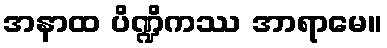
အနာထ ပိဏ္ဍိကဿ အာရာမေ။